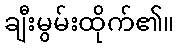
ချီးမွမ်းထိုက်၏။